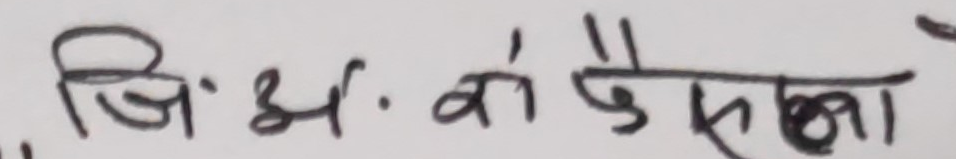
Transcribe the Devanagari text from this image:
जि. अ. को पैसा